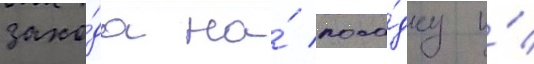
захо́да на́ поса́дку и́